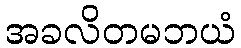
အခလိတမဘယံ